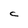
Character: C